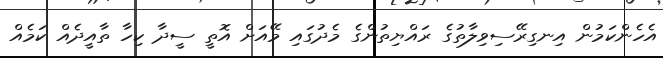
އެހެންކަމުން އިނގިރޭސިވިލާތުގެ ރައްޔިތުންގެ މެދުގައި މޭއަށް އޮތީ ސީދާ ކިހާ ތާއީދެއް ކަމެއް